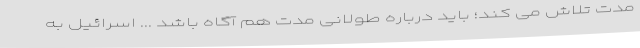
مدت تلاش می کند؛ باید درباره طولانی مدت هم آگاه باشد ... اسرائیل به